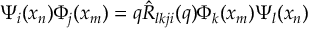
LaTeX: \Psi _ { i } ( x _ { n } ) \Phi _ { j } ( x _ { m } ) = q \hat { { \cal R } } _ { l k j i } ( q ) \Phi _ { k } ( x _ { m } ) \Psi _ { l } ( x _ { n } )